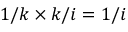
1 / k \times k / i = 1 / i